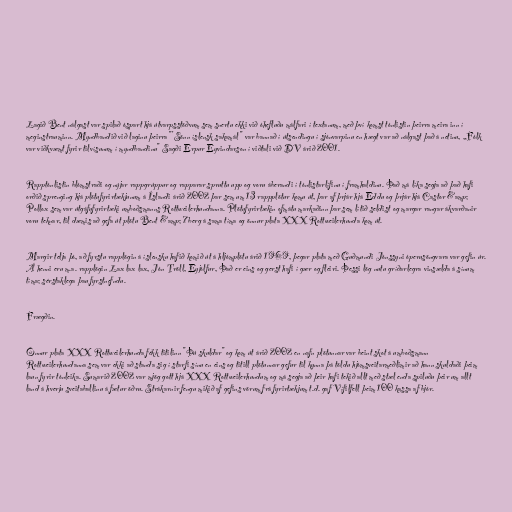
Lagið Bent nálgast var spilað óspart hjá útvarpsstöðvum sem snertu ekki við óhefluðu málfari í textanum, með því komst tónlistin þeirra meira inn í
meginstrauminn. Myndbandið við laginu þeirra "'Sönn íslensk sakamál " var bannað í útsendingu í sjónvarpinu en hægt var að nálgast það á netinu, „Fólk
var viðkvæmt fyrir tilvísunum í myndbandinu" Sagði Erpur Eyvindarson í viðtali við DV árið 2001.

Rapptónlistin blómstraði og nýjar rappgrúppur og rapparar spruttu upp og voru áberandi í tónlistarlífinu í framhaldinu. Það má líka segja að það hafi
orðið sprenging hjá plötufyrirtækjunum á Íslandi árið 2002 þar sem um 13 rappplötur komu út, þar af þrjár hjá Eddu og þrjár hjá Castor &amp;
Pollox sem var útgáfufyrirtæki umboðsmanns Rottweilerhundanna. Plötufyrirtækin ofmátu markaðinn þar sem lítið seldist og margar rangar ákvarðanir
voru teknar, til dæmis að gefa út plötu Bent &amp; 7berg á sama tíma og önnur plata XXX Rottweilerhunda kom út.

Margir telja þó, að fyrstu rapplögin á íslensku hafið komið út á hljómplötu árið 1969, þegar plata með Guðmundi Jónssyni óperusöngvara var gefin úr.
Á henni eru m.a. rapplögin Lax lax lax, Jón Tröll, Eyjólfur, Það er eins og gerst hafi í gær og fleiri. Þessi lög nutu gríðarlegra vinsælda á sínum
tíma; sérstaklega þau fyrstnefndu.

Frægðin.

Önnur plata XXX Rottweilerhunda fékk titilinn "Þú skuldar" og kom út árið 2002 en nafn plötunnar var beint skot á umboðsmann
Rottweilerhundanna sem var ekki að standa sig í starfi sínu en eins og titill plötunnar gefur til kynna þá töldu hjómsveitarmeðlimir að hann skuldaði þeim
laun fyrir tónleika. Sumarið 2002 var mjög gott hjá XXX Rottweilerhundum og má segja að þeir hafi tekið allt með stæl enda spiluðu þeir um allt
land á hverju sveitaballinu á fætur öðru. Strákarnir fengu mikið af gefins vörum frá fyrirtækjum t.d. gaf Vífilfell þeim 100 kassa af bjór.